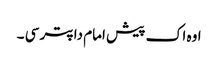
اوہ اک پیش امام دا پتر سی ۔